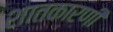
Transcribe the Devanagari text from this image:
शातकारणी